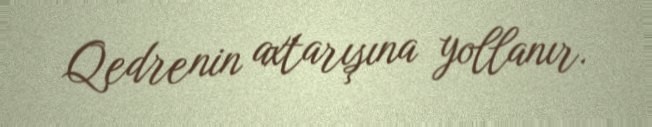
Qedrenin axtarışına yollanır.